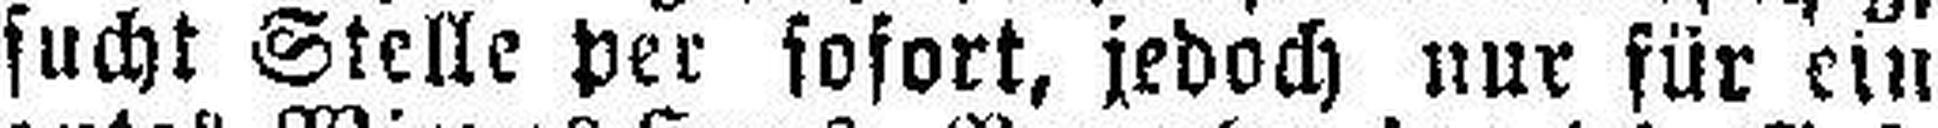
sucht Stelle per sofort, jedoch nur für ein